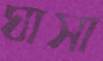
ঘাসা